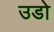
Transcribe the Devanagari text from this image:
उडो